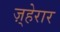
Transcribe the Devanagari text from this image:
ज़्हेरार